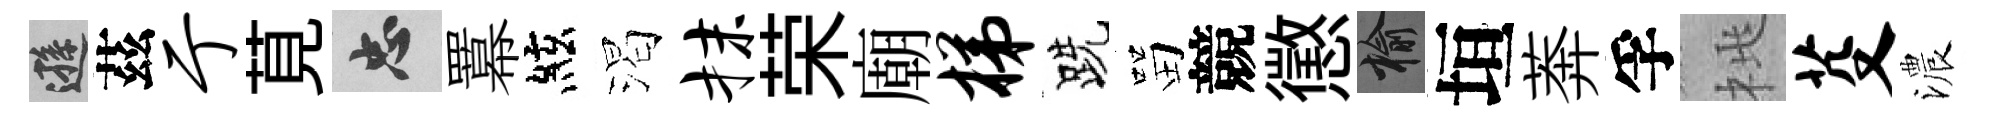
遜茲亍莧忠羃絃渴抹荣廟梯跣㽞競懲榆垣莾孚桃芟濃